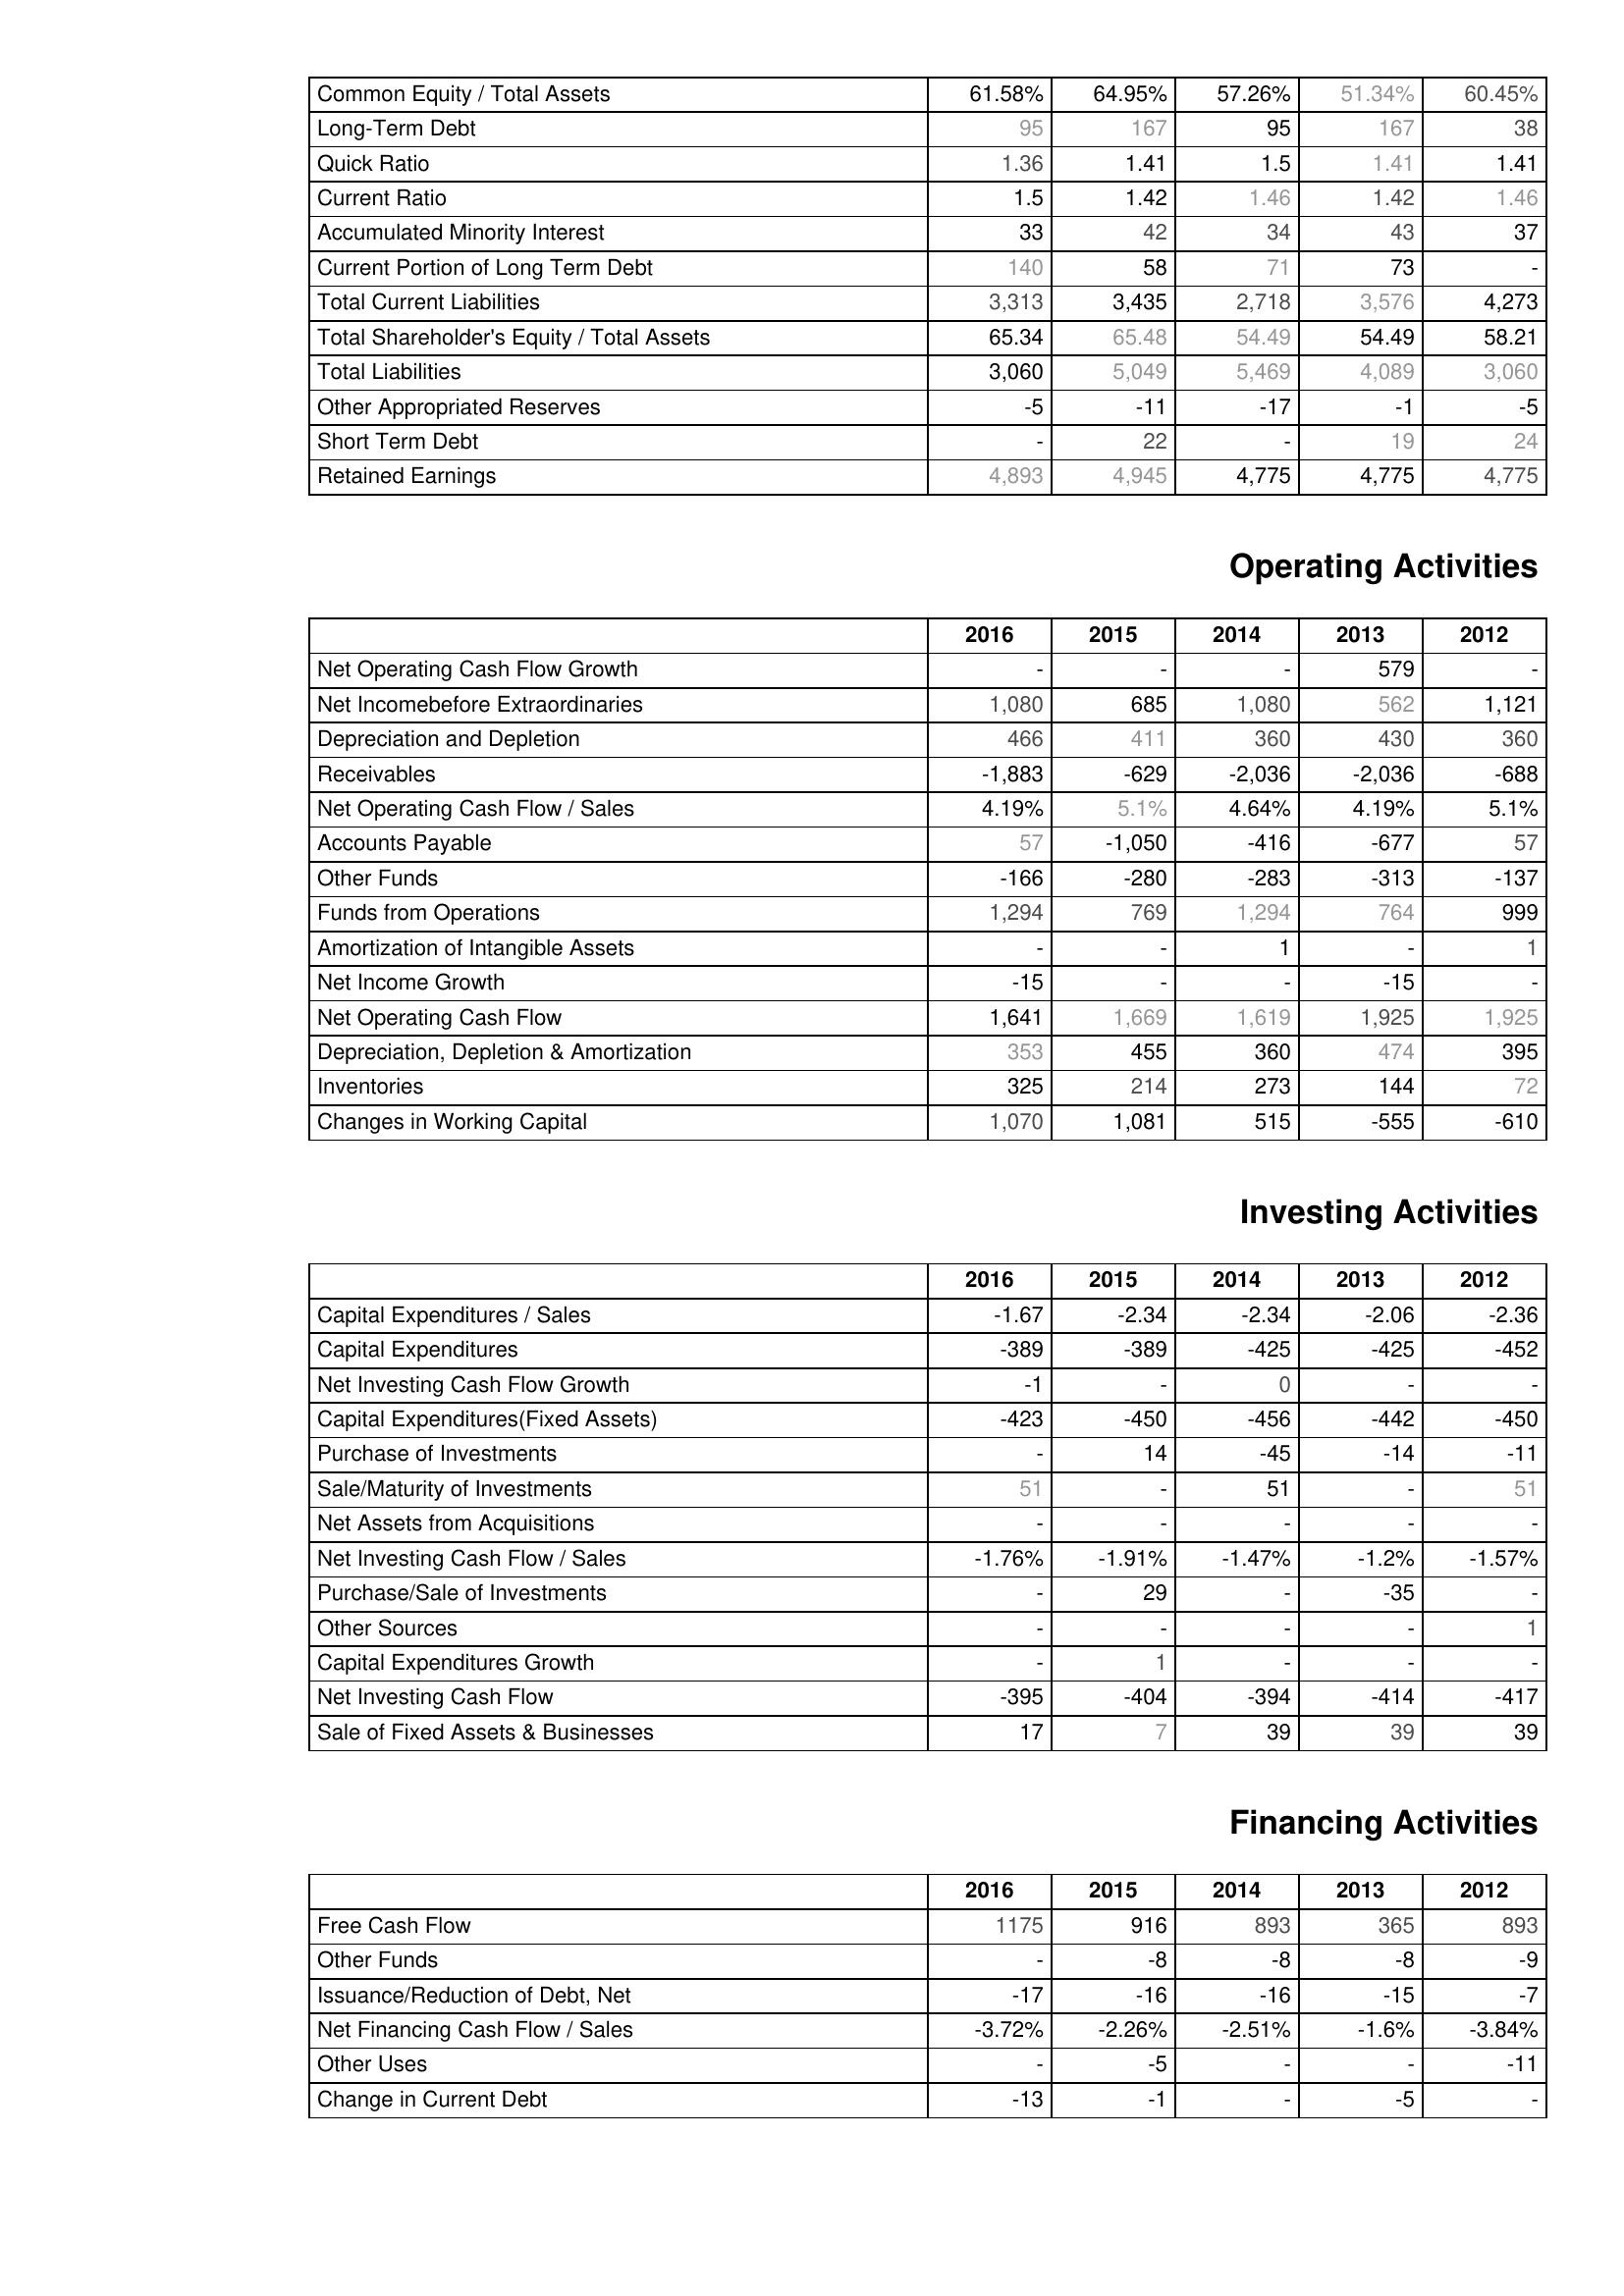
2016: Liabilities & Shareholder's Equity: Common Equity / Total Assets: 61.58%
Long-Term Debt: 95
Quick Ratio: 1.36
Current Ratio: 1.5
Accumulated Minority Interest: 33
Current Portion of Long Term Debt: 140
Total Current Liabilities: 3,313
Total Shareholder's Equity / Total Assets: 65.34
Total Liabilities: 3,060
Other Appropriated Reserves: -5
Short Term Debt: -
Retained Earnings: 4,893
Operating Activities: Net Operating Cash Flow Growth: -
Net Incomebefore Extraordinaries: 1,080
Depreciation and Depletion: 466
Receivables: -1,883
Net Operating Cash Flow / Sales: 4.19%
Accounts Payable: 57
Other Funds: -166
Funds from Operations: 1,294
Amortization of Intangible Assets: -
Net Income Growth: -15
Net Operating Cash Flow: 1,641
Depreciation, Depletion & Amortization: 353
Inventories: 325
Changes in Working Capital: 1,070
Investing Activities: Capital Expenditures / Sales: -1.67
Capital Expenditures: -389
Net Investing Cash Flow Growth: -1
Capital Expenditures(Fixed Assets): -423
Purchase of Investments: -
Sale/Maturity of Investments: 51
Net Assets from Acquisitions: -
Net Investing Cash Flow / Sales: -1.76%
Purchase/Sale of Investments: -
Other Sources: -
Capital Expenditures Growth: -
Net Investing Cash Flow: -395
Sale of Fixed Assets & Businesses: 17
Financing Activities: Free Cash Flow: 1175
Other Funds: -
Issuance/Reduction of Debt, Net: -17
Net Financing Cash Flow / Sales: -3.72%
Other Uses: -
Change in Current Debt: -13
2015: Liabilities & Shareholder's Equity: Common Equity / Total Assets: 64.95%
Long-Term Debt: 167
Quick Ratio: 1.41
Current Ratio: 1.42
Accumulated Minority Interest: 42
Current Portion of Long Term Debt: 58
Total Current Liabilities: 3,435
Total Shareholder's Equity / Total Assets: 65.48
Total Liabilities: 5,049
Other Appropriated Reserves: -11
Short Term Debt: 22
Retained Earnings: 4,945
Operating Activities: Net Operating Cash Flow Growth: -
Net Incomebefore Extraordinaries: 685
Depreciation and Depletion: 411
Receivables: -629
Net Operating Cash Flow / Sales: 5.1%
Accounts Payable: -1,050
Other Funds: -280
Funds from Operations: 769
Amortization of Intangible Assets: -
Net Income Growth: -
Net Operating Cash Flow: 1,669
Depreciation, Depletion & Amortization: 455
Inventories: 214
Changes in Working Capital: 1,081
Investing Activities: Capital Expenditures / Sales: -2.34
Capital Expenditures: -389
Net Investing Cash Flow Growth: -
Capital Expenditures(Fixed Assets): -450
Purchase of Investments: 14
Sale/Maturity of Investments: -
Net Assets from Acquisitions: -
Net Investing Cash Flow / Sales: -1.91%
Purchase/Sale of Investments: 29
Other Sources: -
Capital Expenditures Growth: 1
Net Investing Cash Flow: -404
Sale of Fixed Assets & Businesses: 7
Financing Activities: Free Cash Flow: 916
Other Funds: -8
Issuance/Reduction of Debt, Net: -16
Net Financing Cash Flow / Sales: -2.26%
Other Uses: -5
Change in Current Debt: -1
2014: Liabilities & Shareholder's Equity: Common Equity / Total Assets: 57.26%
Long-Term Debt: 95
Quick Ratio: 1.5
Current Ratio: 1.46
Accumulated Minority Interest: 34
Current Portion of Long Term Debt: 71
Total Current Liabilities: 2,718
Total Shareholder's Equity / Total Assets: 54.49
Total Liabilities: 5,469
Other Appropriated Reserves: -17
Short Term Debt: -
Retained Earnings: 4,775
Operating Activities: Net Operating Cash Flow Growth: -
Net Incomebefore Extraordinaries: 1,080
Depreciation and Depletion: 360
Receivables: -2,036
Net Operating Cash Flow / Sales: 4.64%
Accounts Payable: -416
Other Funds: -283
Funds from Operations: 1,294
Amortization of Intangible Assets: 1
Net Income Growth: -
Net Operating Cash Flow: 1,619
Depreciation, Depletion & Amortization: 360
Inventories: 273
Changes in Working Capital: 515
Investing Activities: Capital Expenditures / Sales: -2.34
Capital Expenditures: -425
Net Investing Cash Flow Growth: 0
Capital Expenditures(Fixed Assets): -456
Purchase of Investments: -45
Sale/Maturity of Investments: 51
Net Assets from Acquisitions: -
Net Investing Cash Flow / Sales: -1.47%
Purchase/Sale of Investments: -
Other Sources: -
Capital Expenditures Growth: -
Net Investing Cash Flow: -394
Sale of Fixed Assets & Businesses: 39
Financing Activities: Free Cash Flow: 893
Other Funds: -8
Issuance/Reduction of Debt, Net: -16
Net Financing Cash Flow / Sales: -2.51%
Other Uses: -
Change in Current Debt: -
2013: Liabilities & Shareholder's Equity: Common Equity / Total Assets: 51.34%
Long-Term Debt: 167
Quick Ratio: 1.41
Current Ratio: 1.42
Accumulated Minority Interest: 43
Current Portion of Long Term Debt: 73
Total Current Liabilities: 3,576
Total Shareholder's Equity / Total Assets: 54.49
Total Liabilities: 4,089
Other Appropriated Reserves: -1
Short Term Debt: 19
Retained Earnings: 4,775
Operating Activities: Net Operating Cash Flow Growth: 579
Net Incomebefore Extraordinaries: 562
Depreciation and Depletion: 430
Receivables: -2,036
Net Operating Cash Flow / Sales: 4.19%
Accounts Payable: -677
Other Funds: -313
Funds from Operations: 764
Amortization of Intangible Assets: -
Net Income Growth: -15
Net Operating Cash Flow: 1,925
Depreciation, Depletion & Amortization: 474
Inventories: 144
Changes in Working Capital: -555
Investing Activities: Capital Expenditures / Sales: -2.06
Capital Expenditures: -425
Net Investing Cash Flow Growth: -
Capital Expenditures(Fixed Assets): -442
Purchase of Investments: -14
Sale/Maturity of Investments: -
Net Assets from Acquisitions: -
Net Investing Cash Flow / Sales: -1.2%
Purchase/Sale of Investments: -35
Other Sources: -
Capital Expenditures Growth: -
Net Investing Cash Flow: -414
Sale of Fixed Assets & Businesses: 39
Financing Activities: Free Cash Flow: 365
Other Funds: -8
Issuance/Reduction of Debt, Net: -15
Net Financing Cash Flow / Sales: -1.6%
Other Uses: -
Change in Current Debt: -5
2012: Liabilities & Shareholder's Equity: Common Equity / Total Assets: 60.45%
Long-Term Debt: 38
Quick Ratio: 1.41
Current Ratio: 1.46
Accumulated Minority Interest: 37
Current Portion of Long Term Debt: -
Total Current Liabilities: 4,273
Total Shareholder's Equity / Total Assets: 58.21
Total Liabilities: 3,060
Other Appropriated Reserves: -5
Short Term Debt: 24
Retained Earnings: 4,775
Operating Activities: Net Operating Cash Flow Growth: -
Net Incomebefore Extraordinaries: 1,121
Depreciation and Depletion: 360
Receivables: -688
Net Operating Cash Flow / Sales: 5.1%
Accounts Payable: 57
Other Funds: -137
Funds from Operations: 999
Amortization of Intangible Assets: 1
Net Income Growth: -
Net Operating Cash Flow: 1,925
Depreciation, Depletion & Amortization: 395
Inventories: 72
Changes in Working Capital: -610
Investing Activities: Capital Expenditures / Sales: -2.36
Capital Expenditures: -452
Net Investing Cash Flow Growth: -
Capital Expenditures(Fixed Assets): -450
Purchase of Investments: -11
Sale/Maturity of Investments: 51
Net Assets from Acquisitions: -
Net Investing Cash Flow / Sales: -1.57%
Purchase/Sale of Investments: -
Other Sources: 1
Capital Expenditures Growth: -
Net Investing Cash Flow: -417
Sale of Fixed Assets & Businesses: 39
Financing Activities: Free Cash Flow: 893
Other Funds: -9
Issuance/Reduction of Debt, Net: -7
Net Financing Cash Flow / Sales: -3.84%
Other Uses: -11
Change in Current Debt: -